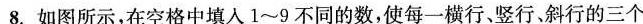
8.如图所示，在空格中填入1~9不同的数，使每一横行、竖行，斜行的三个